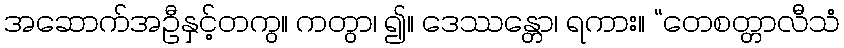
အဆောက်အဦနှင့်တကွ။ ကတွာ၊ ၍။ ဒေဿန္တော၊ ရကား။ “တေစတ္တာလီသံ